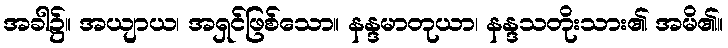
အခါ၌။ အယျာယ၊ အရှင်ဖြစ်သော။ နန္ဒမာတုယာ၊ နန္ဒသတိုးသား၏ အမိ၏။